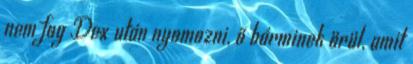
nem fog Dex után nyomozni, ő bárminek örül, amit